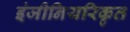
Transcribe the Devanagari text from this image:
इंजीनियरिकृत